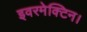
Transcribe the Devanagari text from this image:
इवरमेक्टिन।